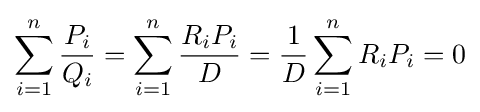
\sum _{i=1}^{n}{\frac {P_{i}}{Q_{i}}}=\sum _{i=1}^{n}{\frac {R_{i}P_{i}}{D}}={\frac {1}{D}}\sum _{i=1}^{n}R_{i}P_{i}=0